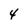
Character: 4